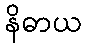
နိဓာယ